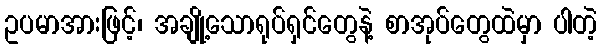
ဥပမာအားဖြင့်၊ အချို့သောရုပ်ရှင်တွေနဲ့ စာအုပ်တွေထဲမှာ ပါတဲ့